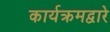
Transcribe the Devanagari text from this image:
कार्यक्रमद्वारे